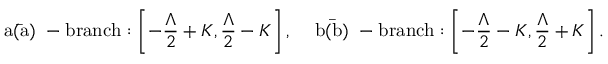
\mathrm { ~ a ( \bar { a } ) ~ - b r a n c h } : \left[ - \frac { \Lambda } { 2 } + K , \frac { \Lambda } { 2 } - K \right] , \; \; \; \mathrm { ~ b ( \bar { b } ) ~ - b r a n c h } : \left[ - \frac { \Lambda } { 2 } - K , \frac { \Lambda } { 2 } + K \right] .